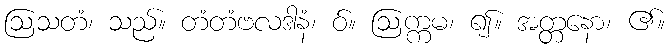
ဩသတံ၊ သည်။ တံတံဗလဒါနံ၊ ဝ်။ ဩက္ကမ၊ ၍။ အတ္တနော၊ ၏။